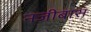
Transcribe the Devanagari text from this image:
नजीबास